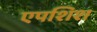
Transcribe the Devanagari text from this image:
एपशिश